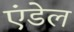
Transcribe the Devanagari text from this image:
एंडेल